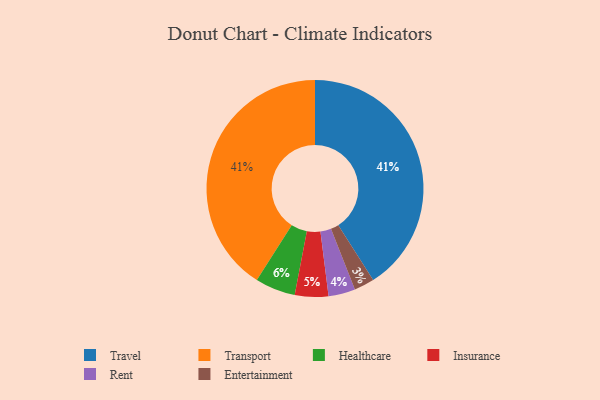
{"axis": {"x": "Category", "y": "Percentage"}, "legend": ["Entertainment", "Healthcare", "Insurance", "Rent", "Transport", "Travel"], "data": [{"x": "Travel", "y": 41, "type": "Travel"}, {"x": "Healthcare", "y": 6, "type": "Healthcare"}, {"x": "Entertainment", "y": 3, "type": "Entertainment"}, {"x": "Transport", "y": 41, "type": "Transport"}, {"x": "Rent", "y": 4, "type": "Rent"}, {"x": "Insurance", "y": 5, "type": "Insurance"}]}